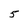
Character: 5